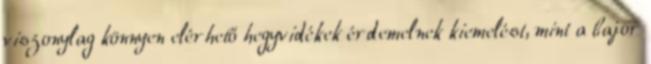
viszonylag könnyen elérhető hegyvidékek érdemelnek kiemelést, mint a bajor